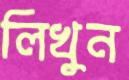
লিখুন